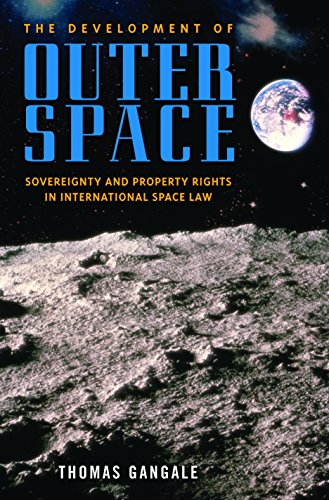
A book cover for The Development of Outer Space: Sovereignty and Property Rights in International Space Law; Thomas Gangale; Law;